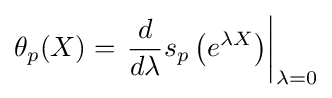
\theta _{p}(X)=\left.{\frac {d}{d\lambda }}s_{p}\left(e^{\lambda X}\right)\right|_{\lambda =0}